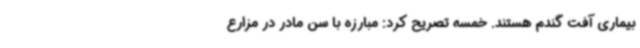
بیماری آفت گندم هستند. خمسه تصریح کرد: مبارزه با سن مادر در مزارع